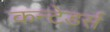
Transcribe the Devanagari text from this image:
कन्टेडर्स